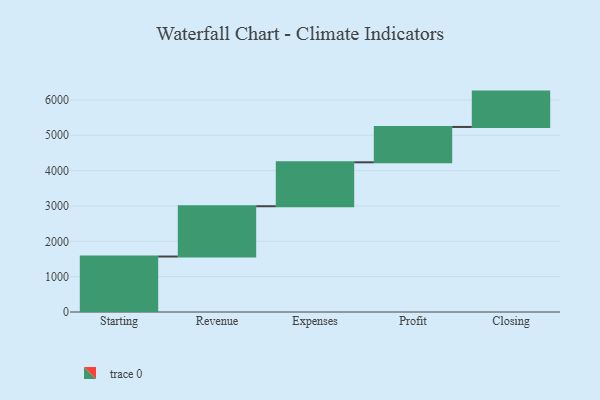
{"axis": {"x": "Step", "y": "Value"}, "legend": [""], "data": [{"x": "Starting", "y": 1569.0, "type": ""}, {"x": "Revenue", "y": 1423.0, "type": ""}, {"x": "Expenses", "y": 1243.0, "type": ""}, {"x": "Profit", "y": 1000, "type": ""}, {"x": "Closing", "y": 1000, "type": ""}]}